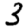
Digit: 3